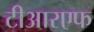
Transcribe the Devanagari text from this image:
टीआरएफ